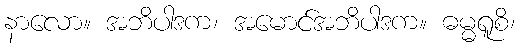
နာလော။ အဘိပါဒက၊ အမောင်အဘိပါဒက။ ဓမ္မရူစိ၊